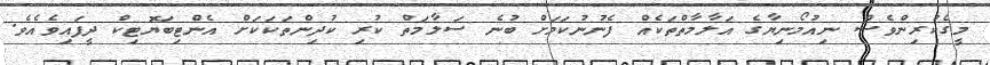
މީގެކުރިންވެސް ނިއުމޯނިޔާގެ އަލާމާތްތަކެއް ފެނުނުކަމަށް ބުނެ ސަލާމަތް ކުރި ކުދިންތަކަކަށް އެންޓިބަޔޮޓިކް ދީފައިވެއެވެ.